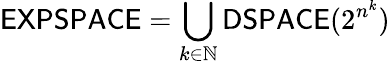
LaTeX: {\mathsf{EXPSPACE}}=\bigcup_{k\in\mathbb{N}}{\mathsf{DSPACE}}(2^{n^{k}})